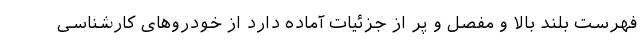
فهرست بلند بالا و مفصل و پر از جزئیات آماده دارد از خودروهای کارشناسی